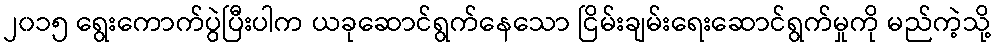
၂၀၁၅ ရွေးကောက်ပွဲပြီးပါက ယခုဆောင်ရွက်နေသော ငြိမ်းချမ်းရေးဆောင်ရွက်မှုကို မည်ကဲ့သို့